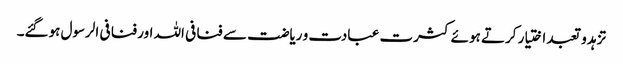
تزہد و تعبد اختیار کرتے ہوئے کثرت عبادت و ریاضت سے فنا فی اللہ اور فنا فی الرسول ہوگئے۔